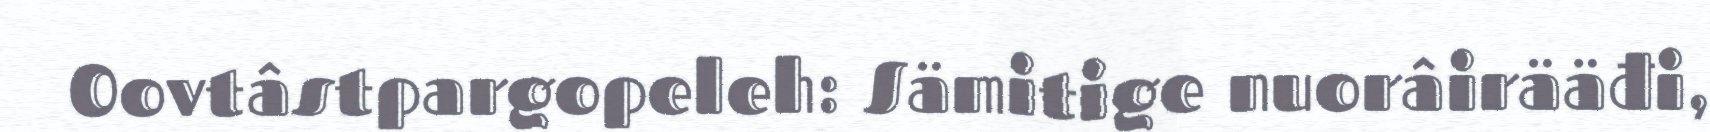
Oovtâstpargopeleh: Sämitige nuorâirääđi,